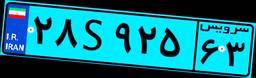
۵۵S۱۶۸۹۶